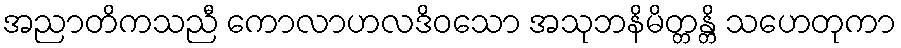
အညာတိကသညီ ကောလာဟလဒိဝသော အသုဘနိမိတ္တန္တိ သဟေတုကာ